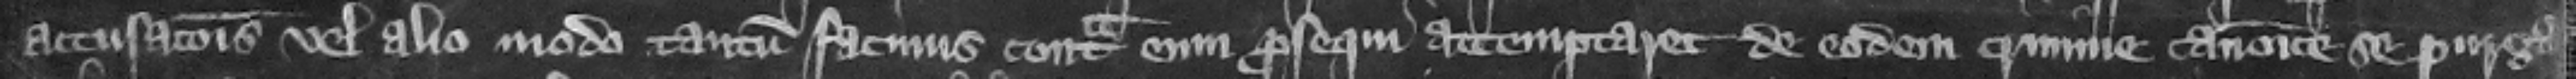
accusacionis vel alio modo tantum facinus contra um prosequi attemptaret. de eodem crimine canonice se purga